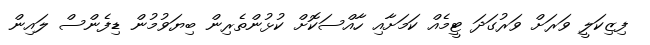
ފިޒިކަލީ ވަރަށް ވަރުގަދަ ޓީމެއް ކަމަށާއި ހާއްސަކޮށް ކުޅުންތެރިން ބިޔަވުމުން ޑިފެންސް ލައިން